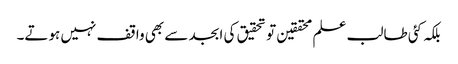
بلکہ کئی طالب علم محققین تو تحقیق کی ابجد سے بھی واقف نہیں ہوتے۔